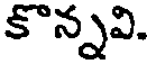
కొన్నవి.